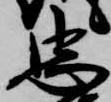
忠